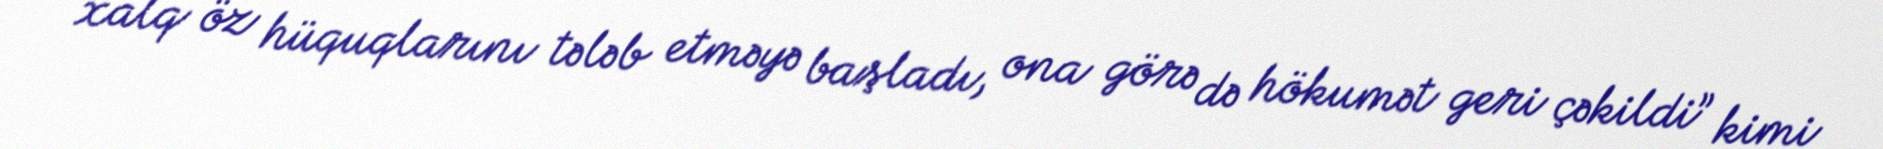
xalq öz hüquqlarını tələb etməyə başladı, ona görə də hökumət geri çəkildi” kimi